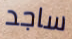
ساجد